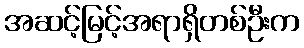
အဆင့်မြင့်အရာရှိတစ်ဦးက